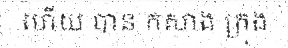
ហើយ បាន កសាង ក្រុង